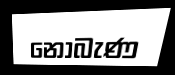
නොබැණ